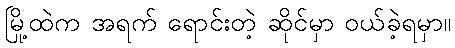
မြို့ထဲက အရက် ရောင်းတဲ့ ဆိုင်မှာ ဝယ်ခဲ့ရမှာ။